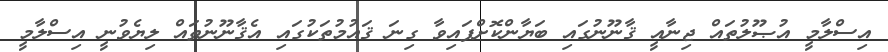
އިސްލާމީ އުޞޫލުތައް ޖިނާއީ ޤާނޫނުގައި ބަޔާންކޮށްފައިވާ ގިނަ ޤައުމުތަކުގައި އެޤާނޫނުތައް ލިޔެވުނީ އިސްލާމީ